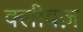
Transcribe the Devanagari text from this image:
क्लीवज़